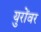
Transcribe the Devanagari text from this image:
युरोंवर